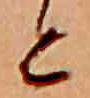
と